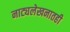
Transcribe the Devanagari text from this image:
नाट्यलेखनातही